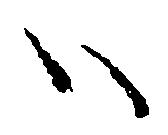
ハ